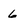
Character: 6